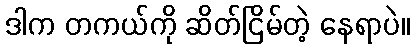
ဒါက တကယ်ကို ဆိတ်ငြိမ်တဲ့ နေရာပဲ။